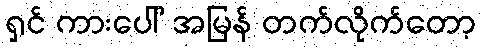
ရှင် ကားပေါ် အမြန် တက်လိုက်တော့